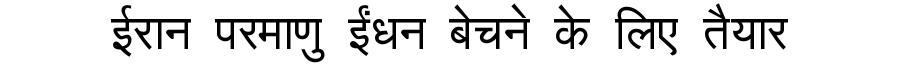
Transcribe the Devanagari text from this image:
ईरान परमाणु ईंधन बेचने के लिए तैयार